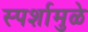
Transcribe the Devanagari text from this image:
स्पर्शामुळे